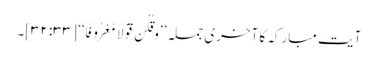
آیت مبارکہ کا آخری جملہ ’’وَقُلْنَ قَوْلًا مَّعْرُوفًا‘‘ [۳۳: ۳۲]۔